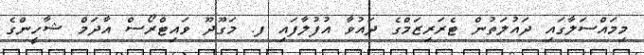
މިމައްސަލާގައި ދައުލަތުން ޓެރަރިޒަމްގެ ދައުވާ އުފުލާފައި ފ. މަގޫދޫ ވައިޓްރޯސް އާދަމް ޝާހީންގެ